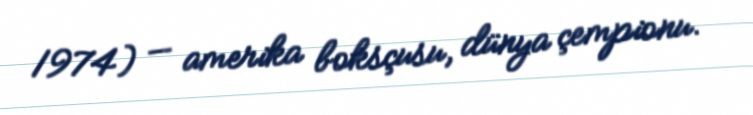
1974) — amerika boksçusu, dünya çempionu.